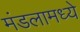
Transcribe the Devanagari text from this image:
मंडलामध्ये